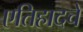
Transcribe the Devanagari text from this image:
एतिहादचे